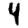
Digit: 4